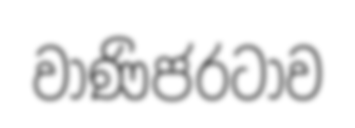
වාණිජරටාව